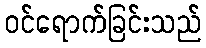
ဝင်ရောက်ခြင်းသည်